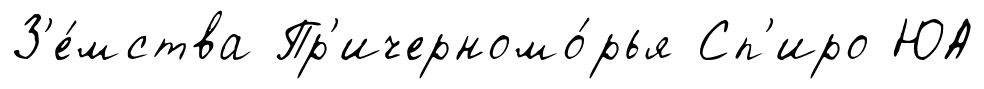
З'е́мства Пр'ичерномо́рья Сп'иро ЮА